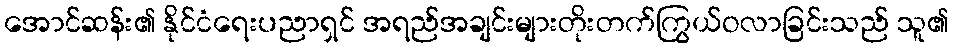
အောင်ဆန်း၏ နိုင်ငံရေးပညာရှင် အရည်အချင်းများတိုးတက်ကြွယ်ဝလာခြင်းသည် သူ၏